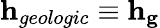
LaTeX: \mathbf{h}_{geologic}\equiv\mathbf{h}_{\mathbf{g}}